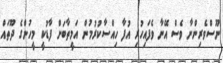
ނޫސްވެރިންނާ ވެސް އޭނާ ވެފައިހުރި އުފާ ހިއްސާކުރުމުން އަމީތާބަށް ފާޑުކީ މީހުންގެ ދޫތައް